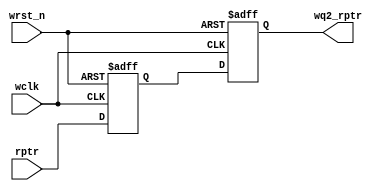
`timescale 1ns / 1ps


module sync_r2w #(parameter ADDRSIZE = 4)
 (output reg [ADDRSIZE:0] wq2_rptr,
 input [ADDRSIZE:0] rptr,
 input wclk, wrst_n);
 reg [ADDRSIZE:0] wq1_rptr;
 always @(posedge wclk or negedge wrst_n)
 if (!wrst_n) {wq2_rptr,wq1_rptr} <= 0;
 else {wq2_rptr,wq1_rptr} <= {wq1_rptr,rptr};
endmodule